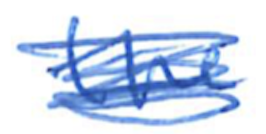
Text: the
Cross-out: scratch
Writing tool: ballpoint